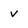
Character: v